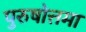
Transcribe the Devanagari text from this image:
पुरुषोत्तमा